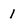
Character: 1